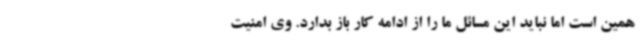
همین است اما نباید این مسائل ما را از ادامه کار باز بدارد. وی امنیت